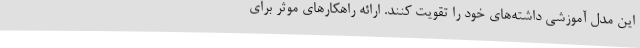
این مدل آموزشی داشته‌های خود را تقویت کنند. ارائه راهکارهای موثر برای